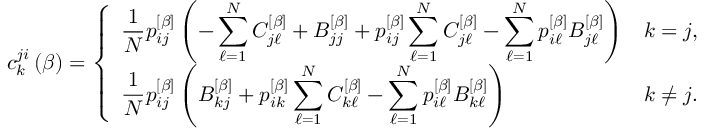
c _ { k } ^ { j i } \left( \beta \right) = \left\{ \begin{array} { l l } { \displaystyle \frac { 1 } { N } p _ { i j } ^ { \left[ \beta \right] } \left( - \sum _ { \ell = 1 } ^ { N } C _ { j \ell } ^ { \left[ \beta \right] } + B _ { j j } ^ { \left[ \beta \right] } + p _ { i j } ^ { \left[ \beta \right] } \sum _ { \ell = 1 } ^ { N } C _ { j \ell } ^ { \left[ \beta \right] } - \sum _ { \ell = 1 } ^ { N } p _ { i \ell } ^ { \left[ \beta \right] } B _ { j \ell } ^ { \left[ \beta \right] } \right) } & { \displaystyle k = j , } \\ { \displaystyle \frac { 1 } { N } p _ { i j } ^ { \left[ \beta \right] } \left( B _ { k j } ^ { \left[ \beta \right] } + p _ { i k } ^ { \left[ \beta \right] } \sum _ { \ell = 1 } ^ { N } C _ { k \ell } ^ { \left[ \beta \right] } - \sum _ { \ell = 1 } ^ { N } p _ { i \ell } ^ { \left[ \beta \right] } B _ { k \ell } ^ { \left[ \beta \right] } \right) } & { \displaystyle k \neq j . } \end{array} \right.